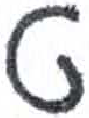
אות: ט